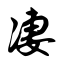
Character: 凄